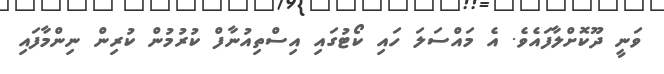
ވަނީ ދޫކޮށްލާފައެވެ. އެ މައްސަލަ ހައި ކޯޓުގައި އިސްތިއުނާފް ކުރުމުން ކުރިން ނިންމާފައި